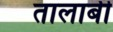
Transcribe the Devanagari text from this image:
तालाबी